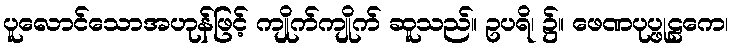
ပူလောင်သောအဟုန်ဖြင့် ကျိုက်ကျိုက် ဆူသည်။ ဥပရိ၊ ၌။ ဖေဏပုပ္ဖုဠကေ၊